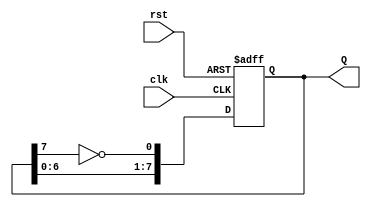
module johnson_counter (
    input wire clk,          // Clock input
    input wire rst,          // Asynchronous reset
    output reg [7:0] Q       // 8-bit counter output
);

    // Sequential logic for the Johnson counter
    always @(posedge clk or posedge rst) begin
        if (rst) begin
            // Reset the counter to 00000000
            Q <= 8'b00000000;
        end else begin
            // Shift the counter and apply feedback
            Q[0] <= ~Q[7];        // D input for FF0 is inverted FF7 output
            Q[1] <= Q[0];         // D input for FF1 is FF0 output
            Q[2] <= Q[1];         // D input for FF2 is FF1 output
            Q[3] <= Q[2];         // D input for FF3 is FF2 output
            Q[4] <= Q[3];         // D input for FF4 is FF3 output
            Q[5] <= Q[4];         // D input for FF5 is FF4 output
            Q[6] <= Q[5];         // D input for FF6 is FF5 output
            Q[7] <= Q[6];         // D input for FF7 is FF6 output
        end
    end

endmodule